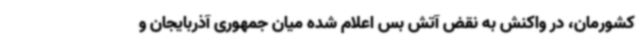
کشورمان، در واکنش به نقض آتش بس اعلام شده میان جمهوری آذربایجان و